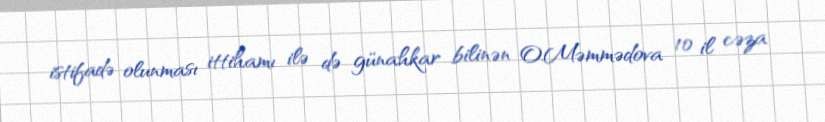
istifadə olunması ittihamı ilə də günahkar bilinən O.Məmmədova 10 il cəza